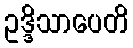
ဥဒ္ဒိသာပေတိ